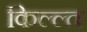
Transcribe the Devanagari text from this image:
किल्ल्त